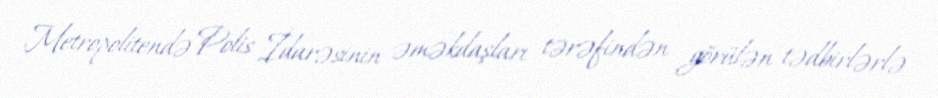
Metropolitendə Polis İdarəsinin əməkdaşları tərəfindən görülən tədbirlərlə